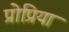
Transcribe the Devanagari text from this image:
प्रोप्रिया